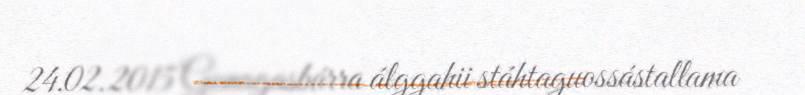
24.02.2015 Gonagasbárra álggahii stáhtaguossástallama